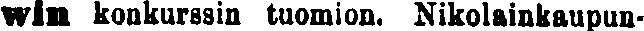
win konkurssin tuomion. Nikolainkaupun-